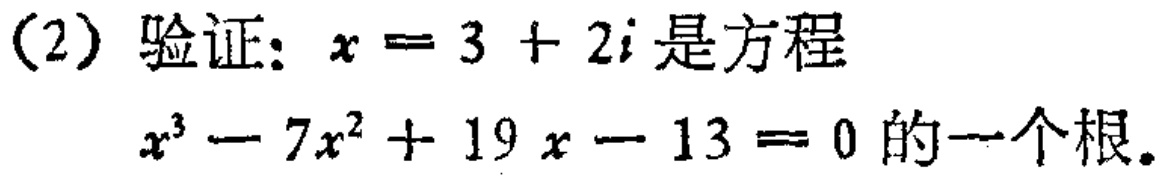
(2) 验证：$x = 3 + 2i$是方程
$x^{3}-7x^{2}+19x - 13 = 0$的一个根。